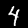
Digit: 4